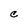
Character: C